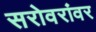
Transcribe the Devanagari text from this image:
सरोवरांवर